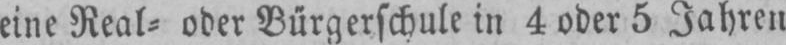
eine Real⸗ oder Bürgerschule in 4 oder 5 Jahren